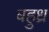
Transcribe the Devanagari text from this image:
बहुध्र